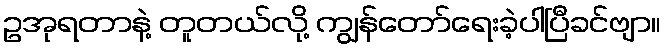
ဥအုရတာနဲ့ တူတယ်လို့ ကျွန်တော်ရေးခဲ့ပါပြီခင်ဗျာ။